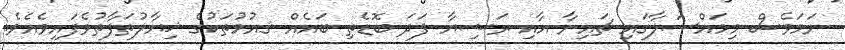
ނަމަވެސް މިމައްސަލާގައި ޗައިނާ އާއި ރަޝިޔާ ފަދަ ބޮޑެތި ބައެއް ޤއުމުތަކުގެ ޚިޔާލުތަފާތުވެފައިވެއެވެ.